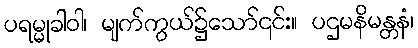
ပရမ္မုခါဝါ၊ မျက်ကွယ်၌သော်၎င်း။ ပဌမနိမန္တနံ၊